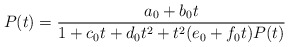
\begin{align*} P(t)=\frac{a_{0}+b_{0}t}{1+c_{0}t+d_{0}t^2+t^2(e_{0}+f_{0}t)P(t)}\end{align*}